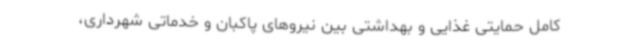
کامل حمایتی غذایی و بهداشتی بین نیروهای پاکبان و خدماتی شهرداری،